Report on vaccination North-West Frontier Province 1904-1922 - 1904-1922
Year: 1904
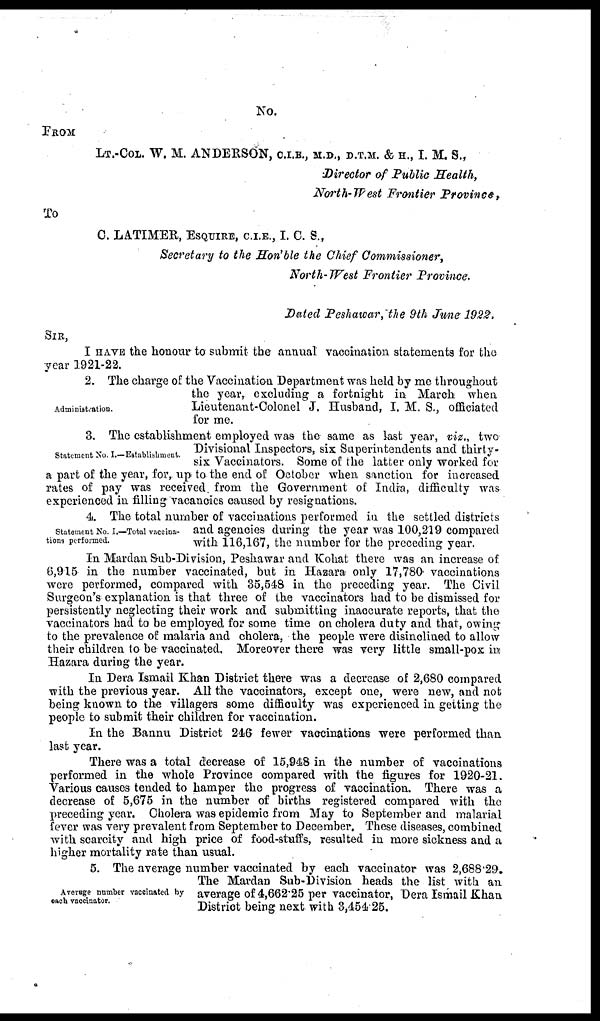
No.
FROM
LT.-COL. W. M. ANDERSON, C.I.E., M.D., D.T.M. & H., I. M. S.,
Director of Public Health,
North-West Frontier
Province,
To
C. LATIMER, ESQUIRE, C.I.E., I. C. S.,
Secretary to the Hon'ble the Chief Commissioner,
North-West Frontier Province.
Dated Peshawar, the 9th June 1922.
SIR,
I HAVE the honour to submit the annual vaccination statements for the
year 1921-22.
Administration.
2. The charge of the Vaccination Department was held by me throughout
the year, excluding a fortnight in March when
Lieutenant-Colonel J. Husband, I. M. S., officiated
for me.
Statement No. I.— Establishment.
3. The establishment employed was the same as last year, viz., two
Divisional Inspectors, six Superintendents and thirty-
six Vaccinators. Some of the latter only worked for
a part of the year, for, up to the end of October when sanction for increased
rates of pay was received from the Government of India, difficulty was
experienced in filling vacancies caused by resignations.
Statement No. I.—Total vaccina¬
tions performed.
4. The total number of vaccinations performed in the settled districts
and agencies during the year was 100,219 compared
with 116,167, the number for the preceding year.
In Mardan Sub-Division, Peshawar and Kohat there was an increase of
6,915 in the number vaccinated, but in Hazara only 17,780 vaccinations
were performed, compared with 35,548 in the preceding year. The Civil
Surgeon's explanation is that three of the vaccinators had to be dismissed for
persistently neglecting their work and submitting inaccurate reports, that the
vaccinators had to be employed for some time on cholera duty and that, owing
to the prevalence of malaria and cholera, the people were disinclined to allow
their children to be vaccinated. Moreover there was very little small-pox in
Hazara during the year.
In Dera Ismail Khan District there was a decrease of 2,680 compared
with the previous year. All the vaccinators, except one, were new, and not
being known to the villagers some difficulty was experienced in getting the
people to submit their children for vaccination.
In the Bannu District 246 fewer vaccinations were performed than
last year.
There was a total decrease of 15,948 in the number of vaccinations
performed in the whole Province compared with the figures for 1920-21.
Various causes tended to hamper the progress of vaccination. There was a
decrease of 5,675 in the number of births registered compared with the
preceding year. Cholera was epidemic from May to September and malarial
fever was very prevalent from September to December. These diseases, combined
with scarcity and high price of food-stuffs, resulted in more sickness and a
higher mortality rate than usual.
Average number vaccinated by
each vaccinator.
5. The average number vaccinated by each vaccinator was 2,688.29.
The Mardan Sub-Division heads the list with an
average of 4,662.25 per vaccinator, Dera Ismail Khan
District being next with 3,454.25.